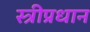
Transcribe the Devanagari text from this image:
स्त्रीप्रधान